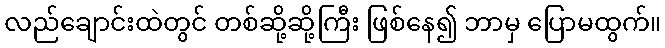
လည်ချောင်းထဲတွင် တစ်ဆို့ဆို့ကြီး ဖြစ်နေ၍ ဘာမှ ပြောမထွက်။